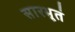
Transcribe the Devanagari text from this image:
सारभूतं